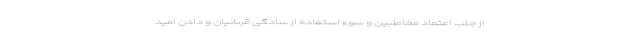
از جلب اعتماد مخاطبین و سوء استفاده از سادگی قربانیان و دادن امید